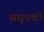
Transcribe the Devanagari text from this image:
संसूचको